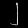
Digit: ၂